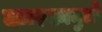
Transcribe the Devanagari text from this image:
कारकामुळे